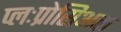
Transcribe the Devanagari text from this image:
प्लःप्रोसिअक